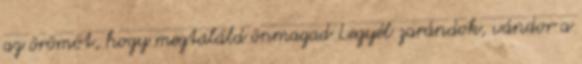
az örömöt, hogy megtaláld önmagad Legyél zarándok, vándor a